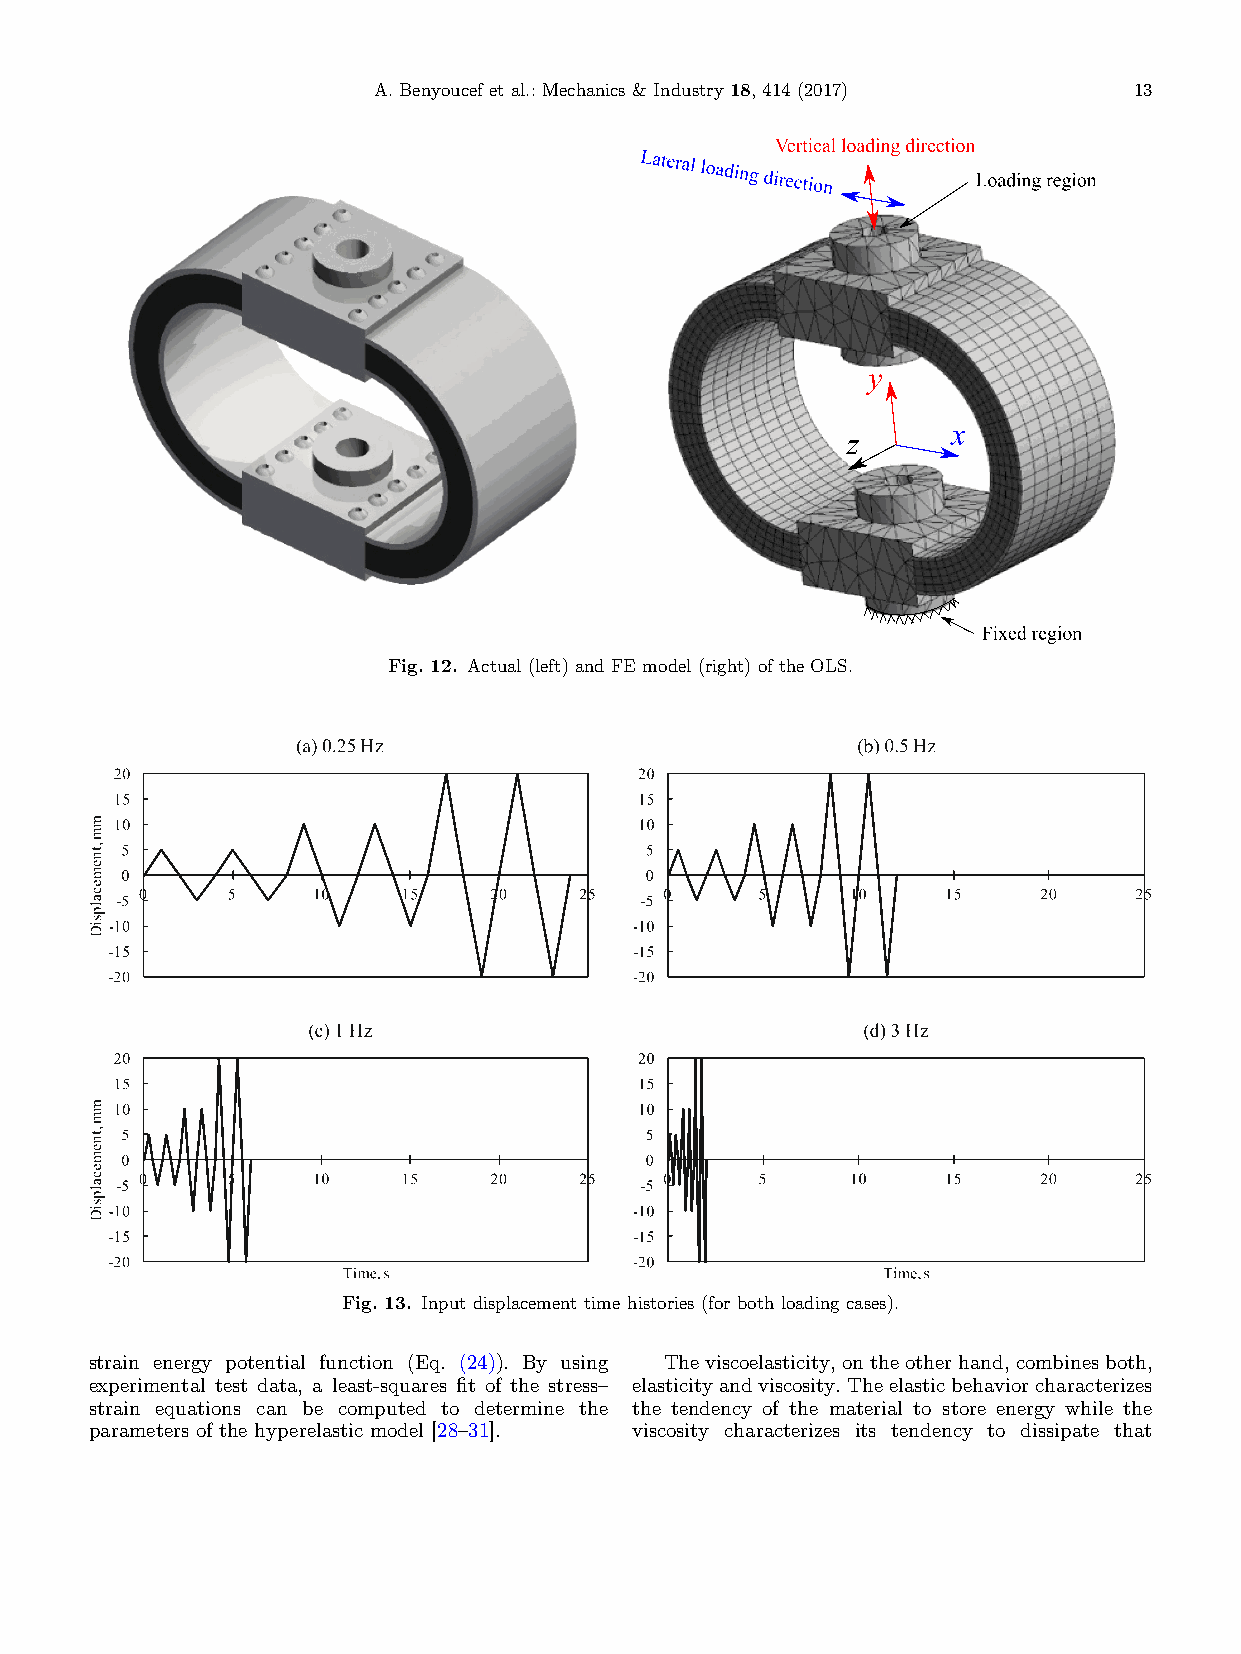
A.Benyoucef etal.:Mechanics& Industry18,414(2017) 13
 Fig.12. Actual (left)andFE model(right)oftheOLS.
 Fig.13. Inputdisplacementtimehistories(forboth loadingcases).
 strain energy potential function (Eq. (24)). By using Theviscoelasticity,ontheotherhand,combinesboth,
 experimental test data, a least-squares fit of the stress– elasticityandviscosity.Theelasticbehaviorcharacterizes
 strain equations can be computed to determine the the tendency of the material to store energy while the
 parameters of the hyperelastic model [28–31]. viscosity characterizes its tendency to dissipate that